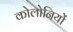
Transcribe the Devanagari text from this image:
कोलोनियों